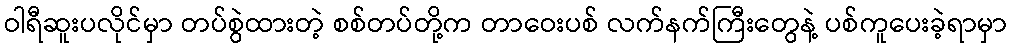
ဝါရီဆူးပလိုင်မှာ တပ်စွဲထားတဲ့ စစ်တပ်တို့က တာဝေးပစ် လက်နက်ကြီးတွေနဲ့ ပစ်ကူပေးခဲ့ရာမှာ